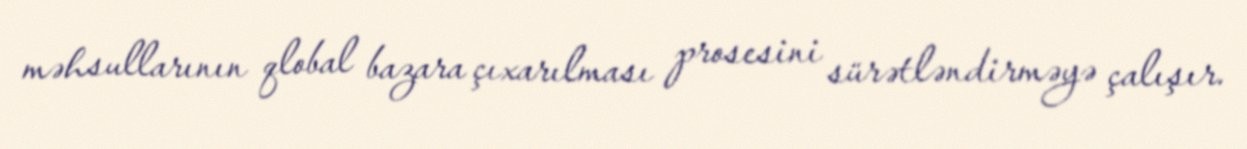
məhsullarının qlobal bazara çıxarılması prosesini sürətləndirməyə çalışır.